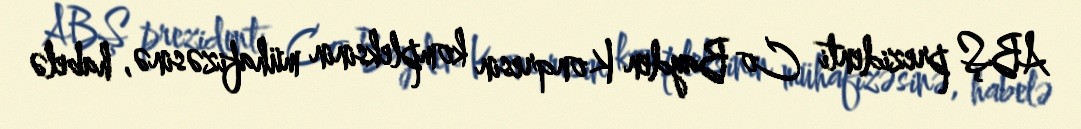
ABŞ prezidenti Co Bayden Konqresin kompleksinin mühafizəsinə, habelə